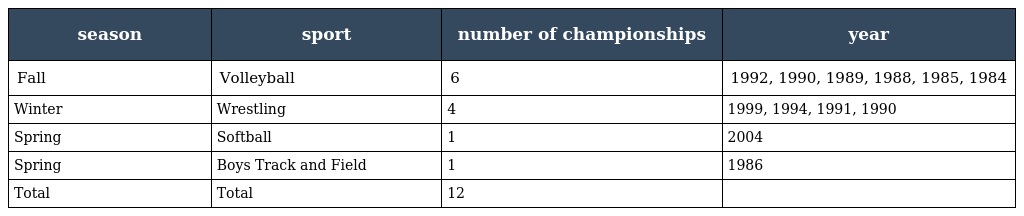
| season | sport | number of championships | year |
 | --- | --- | --- | --- |
 | Fall | Volleyball | 6 | 1992, 1990, 1989, 1988, 1985, 1984 |
 | Winter | Wrestling | 4 | 1999, 1994, 1991, 1990 |
 | Spring | Softball | 1 | 2004 |
 | Spring | Boys Track and Field | 1 | 1986 |
 | Total | Total | 12 |  |